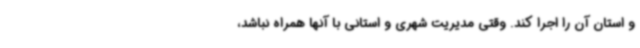
و استان آن را اجرا کند. وقتی مدیریت شهری و استانی با آنها همراه نباشد،